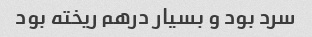
سرد بود و بسیار درهم ریخته بود